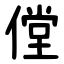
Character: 㑽